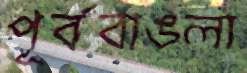
পূর্ববাঙলা